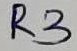
Text: R3